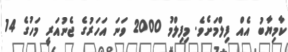
ކާމިޔާބު އެއް ފިލްމަށެވެ. މިފިލްމު 2000 ވަނަ އަހަރުގެ ޖެނުއަރީ މަހުގެ 14